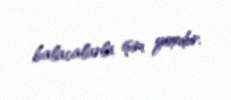
balacalarla işim yoxdur.